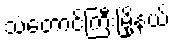
သံတောင်ကြီးမြို့နယ်